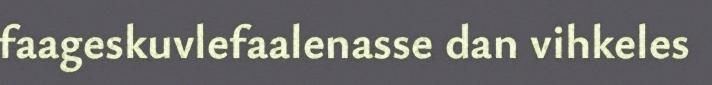
faageskuvlefaalenasse dan vihkeles